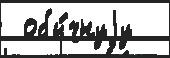
 обы́чнуjу